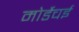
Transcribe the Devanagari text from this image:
मोर्डेचई